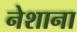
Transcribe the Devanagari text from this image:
नेशाना